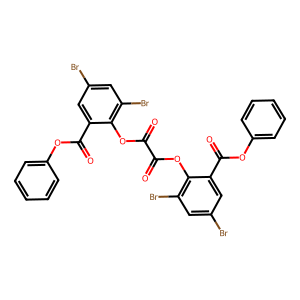
SMILES: O=C(Oc1c(Br)cc(Br)cc1C(=O)Oc1ccccc1)C(=O)Oc1c(Br)cc(Br)cc1C(=O)Oc1ccccc1
Inhibits HIV replication: No